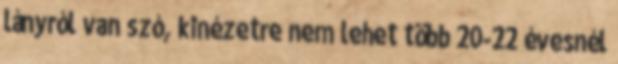
lányról van szó, kinézetre nem lehet több 20-22 évesnél